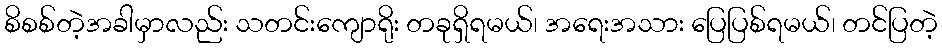
စိစစ်တဲ့အခါမှာလည်း သတင်းကျောရိုး တခုရှိရမယ်၊ အရေးအသား ပြေပြစ်ရမယ်၊ တင်ပြတဲ့